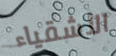
الأشقياء